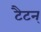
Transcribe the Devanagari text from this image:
टैटन्